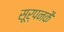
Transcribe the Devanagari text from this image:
सूर्पनकै